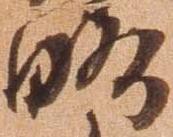
略